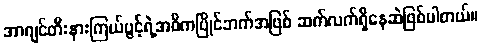
အာဂျင်တီးနားကြယ်ပွင့်ရဲ့အဓိကပြိုင်ဘက်အဖြစ် ဆက်လက်ရှိနေဆဲဖြစ်ပါတယ်။